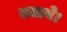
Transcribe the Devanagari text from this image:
बजाये।